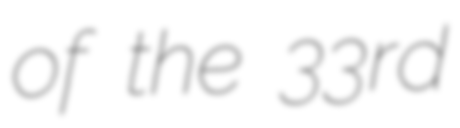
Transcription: of the 33rd